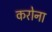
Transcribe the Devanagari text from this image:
करोना